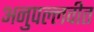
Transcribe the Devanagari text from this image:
अनुपल्लवीत